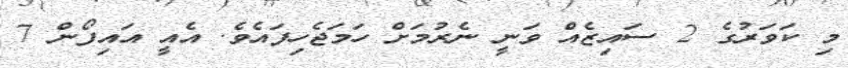
މި ކަވަރުގެ 2 ސައިޒެއް ވަނީ ނެރުމަށް ހަމަޖެހިފައެވެ. އެއީ އައިފޯން 7